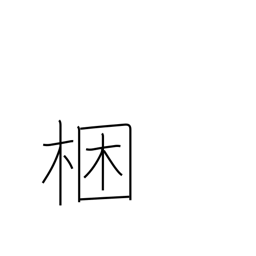
Meaning: tie up